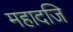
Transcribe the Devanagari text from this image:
महादजि